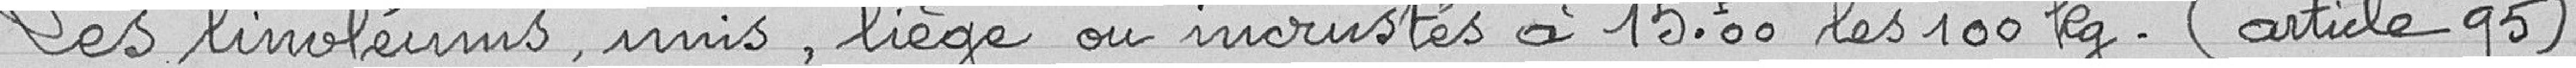
Les linoléums, unis, liège ou incrustés à 15,00 francs les 100 kilogrammes (article 95).